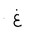
Letter: _gayn